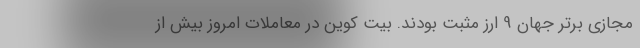
مجازی برتر جهان 9 ارز مثبت بودند. بیت کوین در معاملات امروز بیش از